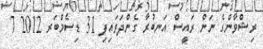
ރިޝްވާންގެ ނަން ރައީސް އަނބުރާ ގެންދަވައިފި 31 ޑިސެމްބަރ 2012 7